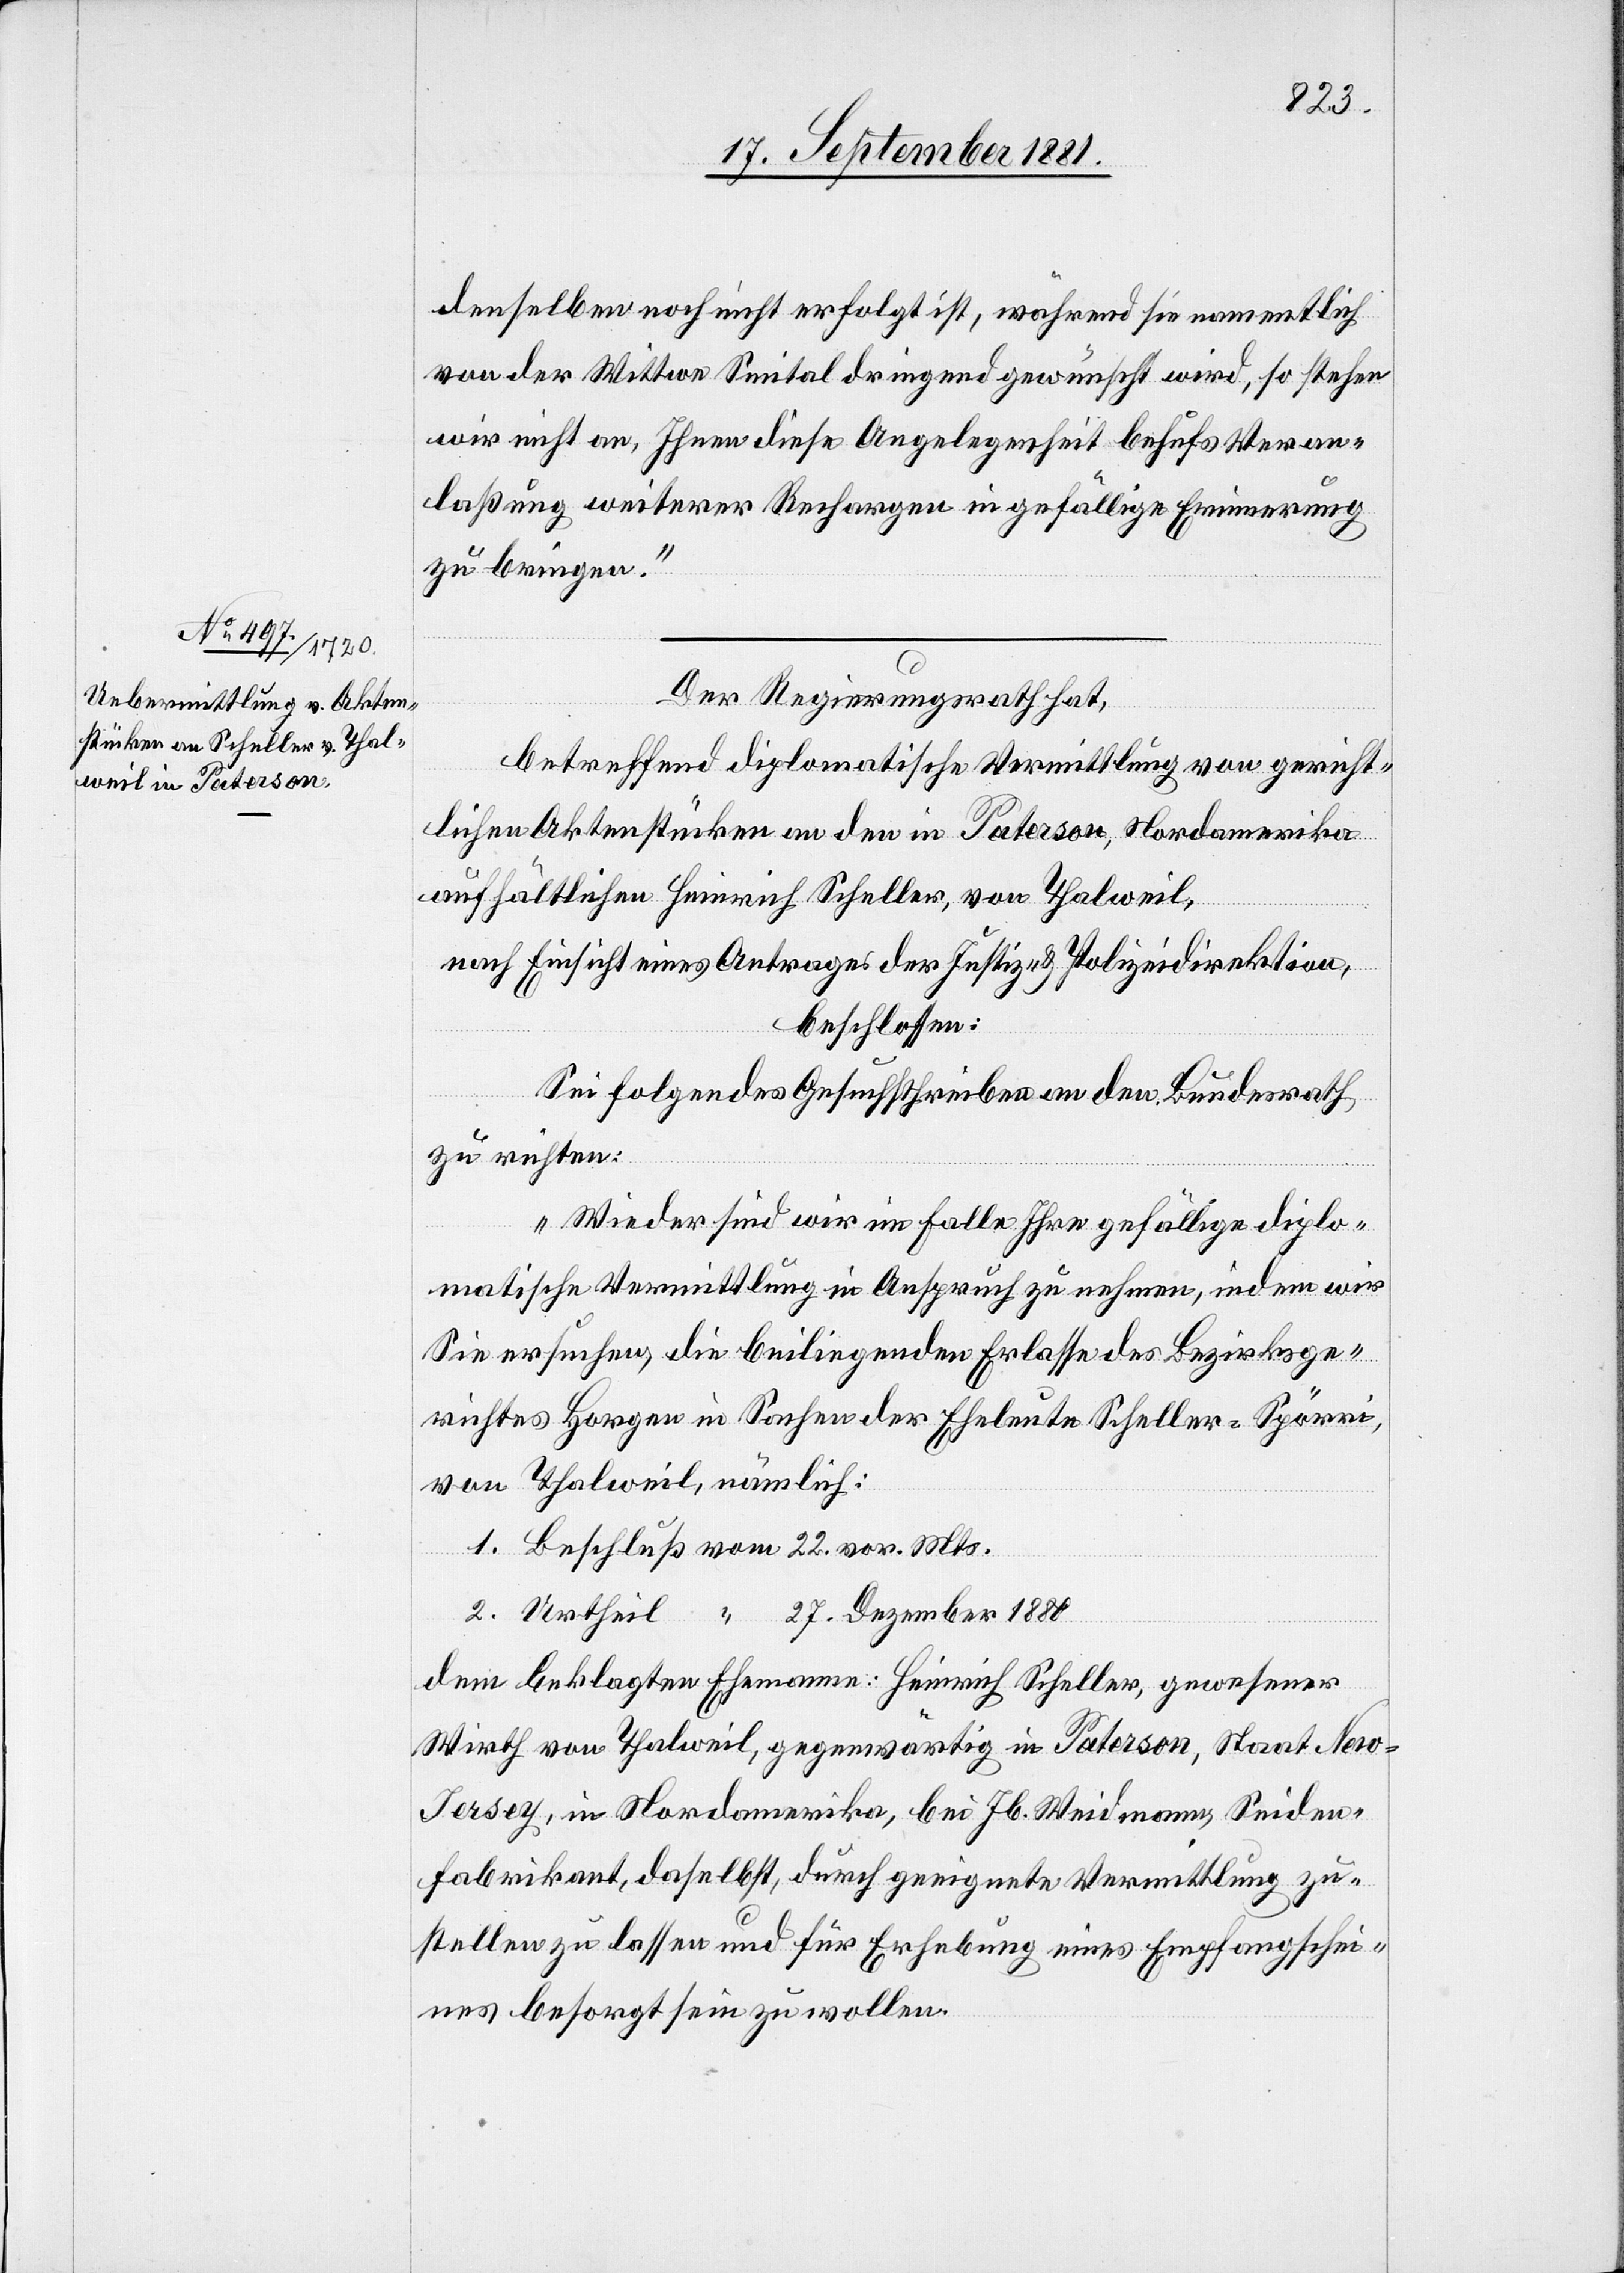
denselben noch nicht erfolgt ist, während sie namentlich
von der Wittwe Seital dringend gewünscht wird, so stehen
wir nicht an, Ihnen diese Angelegenheit behufs Veran¬
laßung weiterer Rechargen in gefällige Erinnerung
zu bringen.“
Der Regierungsrath hat,
betreffend diplomatische Vermittlung von gericht¬
lichen Aktenstücken an den in Paterson, Nordamerika[,]
aufhältlichen Heinrich Scheller, von Thalweil,
nach Einsicht eines Antrages der Justiz- & Polizeidirektion,
beschlossen:
Sei folgendes Schreiben an den Bundesrath
zu richten:
„Wieder sind wir im Falle Ihre gefällige diplo¬
matische Vermittlung in Anspruch zu nehmen, indem wir
Sie ersuchen, die beiliegenden Erlasse des Bezirksge¬
richtes Horgen in Sachen der Eheleute Scheller-Spörri,
von Thalweil, nämlich:
1. Beschluß vom 22. vor. Mts.
2. Urtheil “ 27. Dezember 1880
dem beklagten Ehemann: Heinrich Scheller, gewesener
Wirth von Thalweil, gegenwärtig in Paterson, Staat New
Jersey, in Nordamerika, bei Jb. Weidmann, Seiden¬
fabrikant, daselbst, durch geeignete Vermittlung zu¬
stellen zu lassen und für Erhebung eines Empfangschei¬
nes besorgt sein zu wollen.